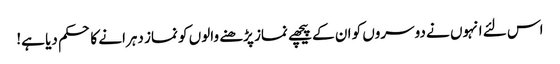
اس لئے انہوں نے دوسروں کو ان کے پیچھے نماز پڑھنے والوں کو نماز دہرانے کا حکم دیا ہے!